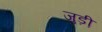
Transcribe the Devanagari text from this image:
जुड़ी़